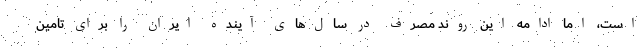
است، اما ادامه این روند مصرف در سال‌های آینده ایران را برای تامین